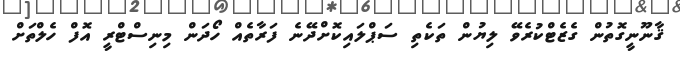
ޤާނޫނީގޮތުން ގެޒެޓްކުރެވޭ ލިޔުން ތަކެތި ސަޕްލައިކޮށްދޭނެ ފަރާތެއް ހޯދަން މިނިސްޓްރީ އޮފް ހެލްތަށް